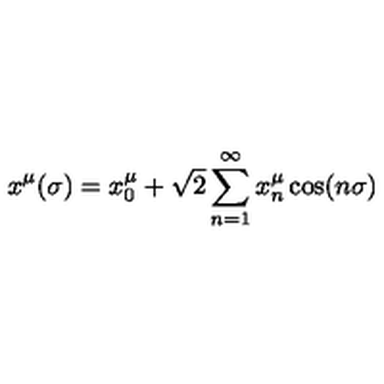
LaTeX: x ^ { \mu } ( \sigma ) = x _ { 0 } ^ { \mu } + \sqrt { 2 } \sum _ { n = 1 } ^ { \infty } x _ { n } ^ { \mu } \cos ( n \sigma )